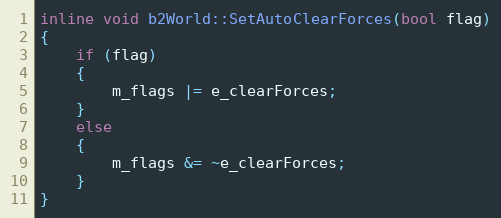
Language: C
inline void b2World::SetAutoClearForces(bool flag)
{
	if (flag)
	{
		m_flags |= e_clearForces;
	}
	else
	{
		m_flags &= ~e_clearForces;
	}
}